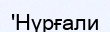
'Нүрғали